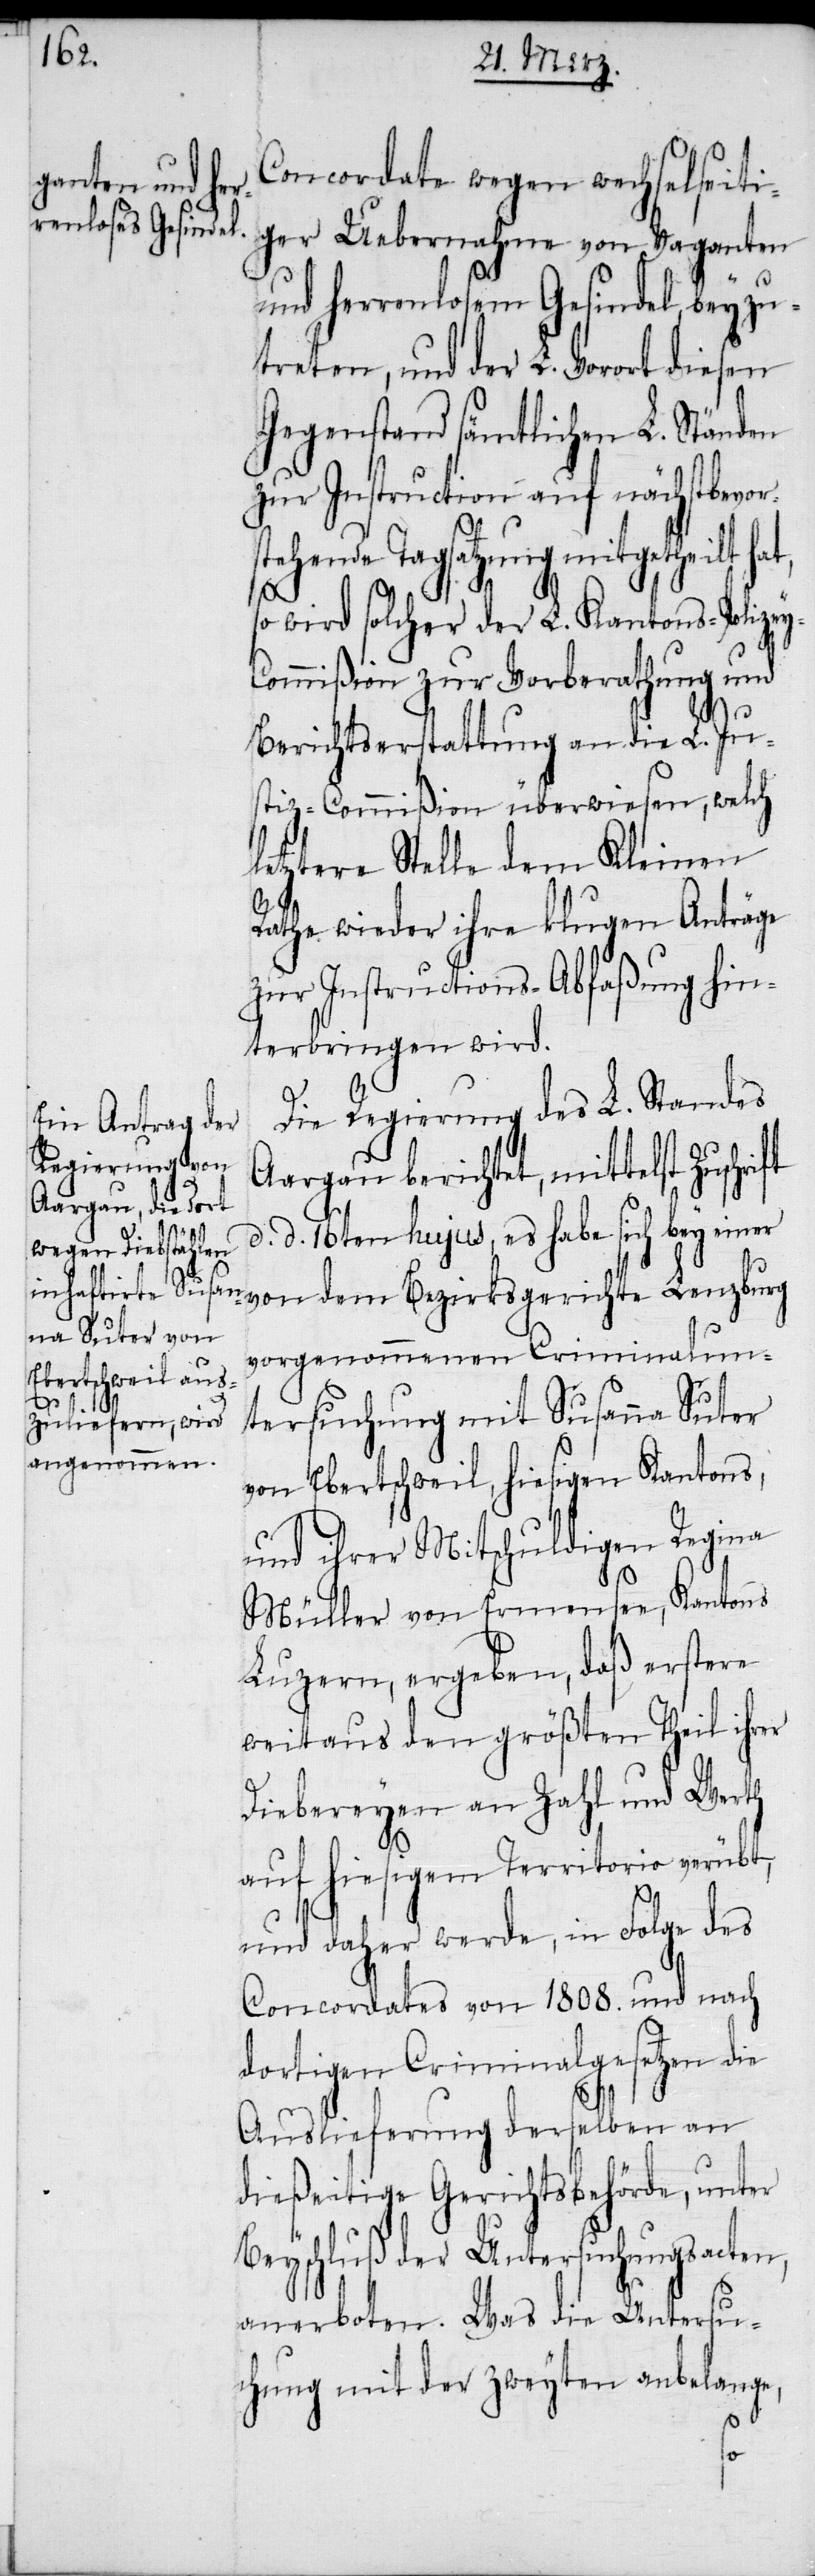
ste¬

Concordate wegen wechselseiti¬
ger Uebernahme von Vaganten
und herrenlosem Gesindel, beyzu¬
treten und der L. Vorort diesen
Gegenstand sämtlichen L. Ständen
zur Instruction auf nächstbevor¬
hende Tagsatzung mitgetheilt
so wird solcher der L. Kantons-Polize¬
y-Commißion überwiesen, welch
letztere Stelle dem Kleinen
Rathe wieder ihre klugen Anträge
zur Instructions-Abfaßung hin¬
terbringen wird.
Die Regierung des L. Standes
Aargau berichtet, mittelst Zuschri¬
d. d. 16ten hujus, es habe sich bey einer
von dem Bezirksgerichte Lenzburg
vorgenommenen Criminalun¬
tersuchung mit Susanna Suter
von Ebertschweil, hiesigen Kantons,
und ihrer Mitschuldigen Regina
Müller von Ermensee, Kantons
Luzern, ergeben, daß erstere
weitaus den größten Theil ihrer
Diebereyen an Zahl und Werth
auf hiesigem Territorio verübt,
und daher werde, in Folge des
Concordates von 1808. und nach
dortigen Criminalgesetzen die
Auslieferung derselben an
dießeitige Gerichtsbehörde, unter
Beyschluß der Untersuchungsacten,
anerboten. Was die Untersu¬
chung mit der zweyten anbelange,
ft